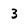
Character: 3